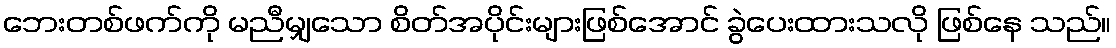
ဘေးတစ်ဖက်ကို မညီမျှသော စိတ်အပိုင်းများဖြစ်အောင် ခွဲပေးထားသလို ဖြစ်နေ သည်။